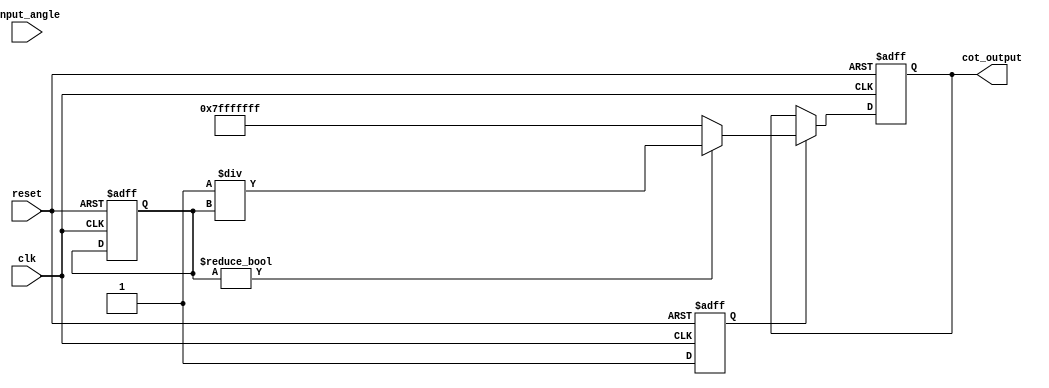
module cotangent_arithmetic_block (
    input wire [31:0] input_angle,  // Input angle in radians (32-bit floating-point)
    output reg [31:0] cot_output,    // Output cotangent value (32-bit floating-point)
    input wire clk,
    input wire reset
);

    reg [31:0] tan_value;  // Temporary variable to hold the tangent value
    reg valid_tan;         // Valid flag for tangent value

    // Tangent Calculation Block
    // For simplicity, this example uses a placeholder for the tangent calculation.
    // In a real implementation, replace this with a proper tangent calculation.
    always @(posedge clk or posedge reset) begin
        if (reset) begin
            tan_value <= 32'b0;
            valid_tan <= 1'b0;
        end else begin
            // Placeholder for tangent calculation
            // In practice, this should be a proper tangent function
            // For demonstration purposes, we will assume a simple linear approximation
            // tan_value = ...; // Implement tangent calculation here
            // For example, tan_value could be computed using a mathematical function or a lookup table
            valid_tan <= 1'b1; // Set valid flag after computation
        end
    end

    // Reciprocal Calculation Block
    always @(posedge clk or posedge reset) begin
        if (reset) begin
            cot_output <= 32'b0;
        end else if (valid_tan) begin
            if (tan_value != 32'b0) begin
                // Calculate cotangent as the reciprocal of tangent
                // Cotangent = 1 / tan_value
                // Use a simple division for the reciprocal calculation
                cot_output <= 32'b1 / tan_value;  // Replace with proper division logic or method
            end else begin
                // Handle the case where tan_value is zero (cotangent is undefined)
                cot_output <= 32'h7FFFFFFF; // Example: return max value or a specific code for undefined
            end
        end
    end

endmodule